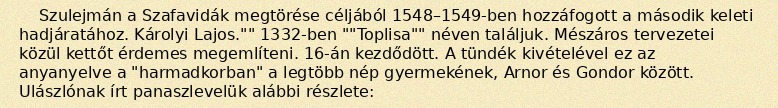
Szulejmán a Szafavidák megtörése céljából 1548–1549-ben hozzáfogott a második keleti hadjáratához. Károlyi Lajos."" 1332-ben ""Toplisa"" néven találjuk. Mészáros tervezetei közül kettőt érdemes megemlíteni. 16-án kezdődött. A tündék kivételével ez az anyanyelve a "harmadkorban" a legtöbb nép gyermekének, Arnor és Gondor között. Ulászlónak írt panaszlevelük alábbi részlete: